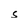
Character: S